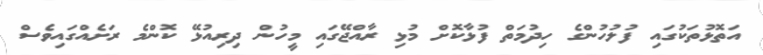
އަތޮޅުތަކުގައި ފުލުހުންގެ ހިދުމަތް ފުޅާކޮށް މުޅި ރާއްޖޭގައި މީހުން ދިރިއުޅޭ ކޮންމެ ރަށެއްގައިވެސް